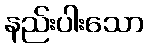
နည်းပါးသော